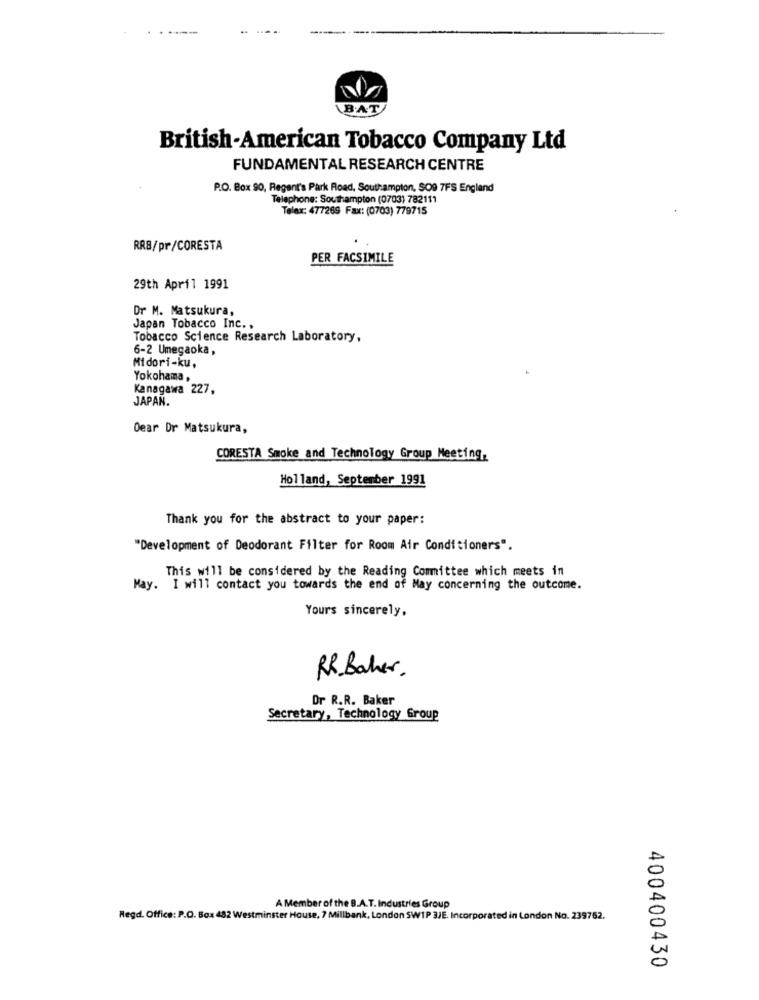
British-American Tobacco Company Ltd
FUNDAMENTAL RESEARCH CENTRE
P.O. Box 90, Regent's Park Road, Southampton, SO9 7FS England
Telephone: Southampton (0703) 782111
Telex: 477269 Fax: (0703) 779715
RRB/pr/CORESTA
PER FACSIMILE
29th April 1991
Dr M. Matsukura,
Japan Tobacco Inc. ,
Tobacco Science Research Laboratory,
6-2 Umegaoka,
Midori-ku,
Yokohama,
Kanagawa 227,
JAPAN.
Dear Dr Matsukura,
CORESTA Smoke and Technology Group Meeting,
Holland, September 1991
Thank you for the abstract to your paper:
"Development of Deodorant Filter for Room Air Conditioners".
This will be considered by the Reading Committee which meets in
May. I will contact you towards the end of May concerning the outcome.
Yours sincerely,
RR.Bacher.
Dr R.R. Baker
Secretary, Technology Group
A Member of the B.A.T. Industries Group
Regd. Office: P.O. Box 482 Westminster House, 7 Millbank, London SW1P 3JE. Incorporated in London No. 239752.
400400430